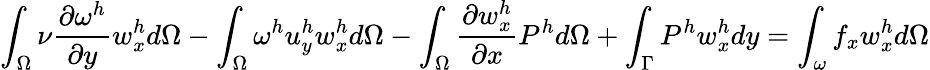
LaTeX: \int_{\Omega}\nu\frac{\partial\omega^{h}}{\partial y}w_{x}^{h}d\Omega-\int_{\Omega}\omega^{h}u_{y}^{h}w_{x}^{h}d\Omega-\int_{\Omega}\frac{\partial w_{x}^{h}}{\partial x}P^{h}d\Omega+\int_{\Gamma}P^{h}w_{x}^{h}dy=\int_{\omega}f_{x}w_{x}^{h}d\Omega